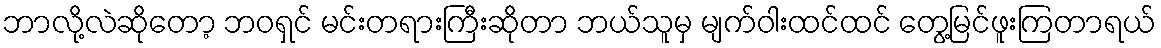
ဘာလို့လဲဆိုတော့ ဘဝရှင် မင်းတရားကြီးဆိုတာ ဘယ်သူမှ မျက်ဝါးထင်ထင် တွေ့မြင်ဖူးကြတာရယ်